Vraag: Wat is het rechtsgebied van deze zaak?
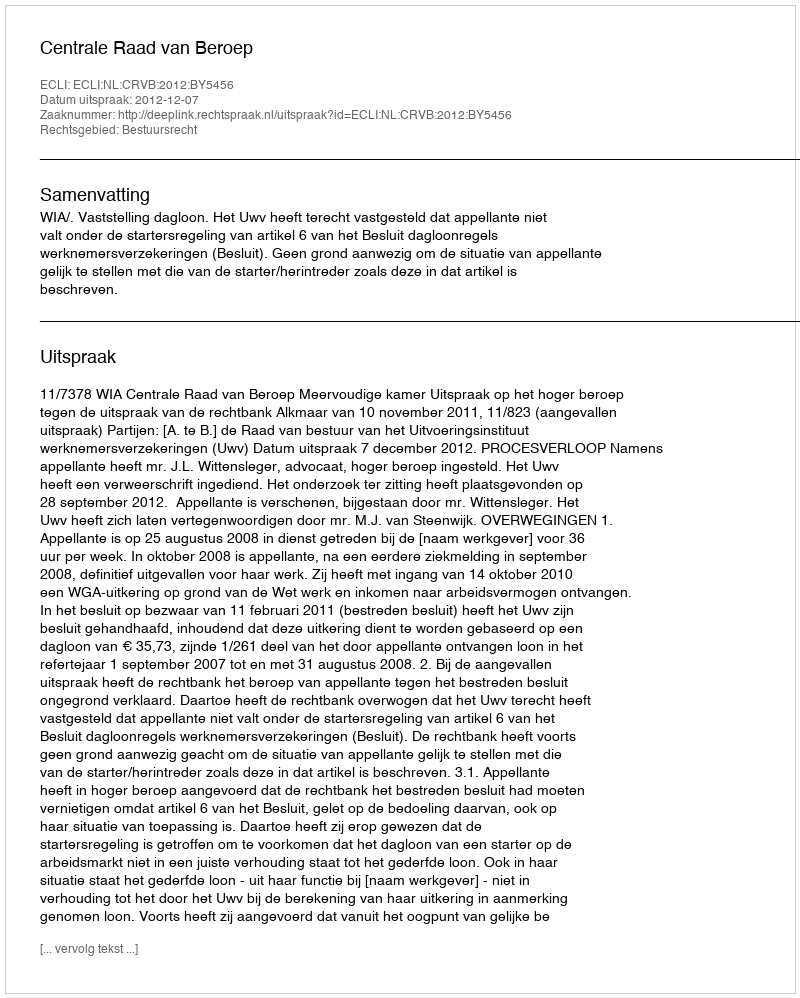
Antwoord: Bestuursrecht